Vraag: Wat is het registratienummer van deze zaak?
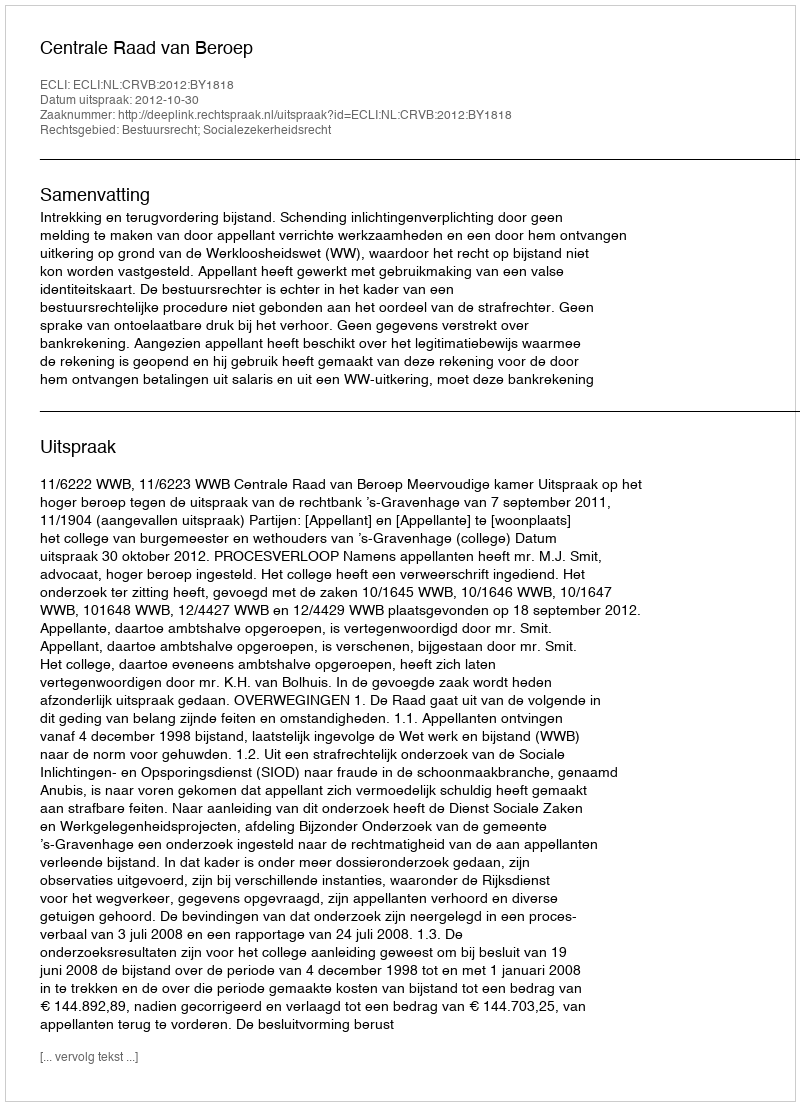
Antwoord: http://deeplink.rechtspraak.nl/uitspraak?id=ECLI:NL:CRVB:2012:BY1818